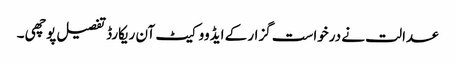
عدالت نے درخواست گزار کے ایڈووکیٹ آن ریکارڈ تفصیل پوچھی ۔